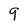
Character: 9